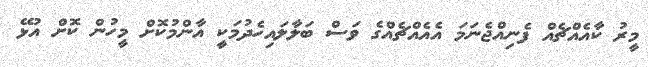
މީރު ކާއެއްޗެއް ފެނިއްޖެނަމަ އެއެއްޗެއްގެ ވަސް ބަލާލައިހެދުމަކީ އާންމުކޮށް މީހުން ކޮށް އުޅޭ